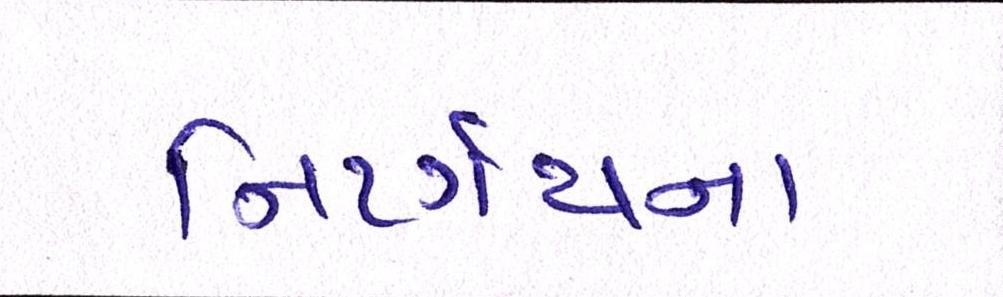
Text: નિર્ણયના